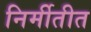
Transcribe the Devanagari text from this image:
निर्मीतीत